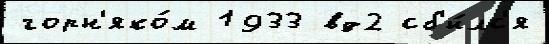
горн'яко́м 1933 вд2 сб'и́лс'я